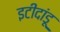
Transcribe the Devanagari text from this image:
इटीदांडू